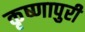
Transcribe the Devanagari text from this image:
कृष्णापुरी